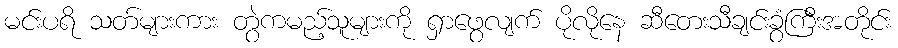
မင်းပရိ သတ်များကား တွဲကမည့်သူများကို ရှာဖွေလျက် ပိုလိုနေ ဆီတေးသီချင်းခွံကြီးအတိုင်း